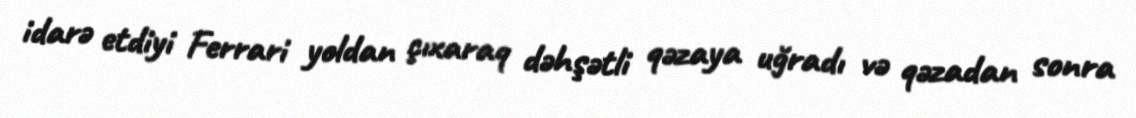
idarə etdiyi Ferrari yoldan çıxaraq dəhşətli qəzaya uğradı və qəzadan sonra